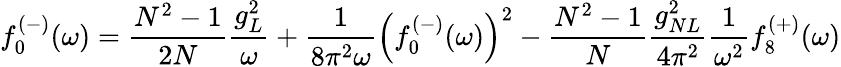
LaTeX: f_{0}^{(-)}(\omega)=\frac{N^{2}-1}{2N}\frac{g_{L}^{2}}{\omega}+\frac{1}{8\pi^{2}\omega}\left(f_{0}^{(-)}(\omega)\right)^{2}-\frac{N^{2}-1}{N}\frac{g_{NL}^{2}}{4\pi^{2}}\frac{1}{\omega^{2}}f_{8}^{(+)}(\omega)